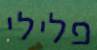
פלילי